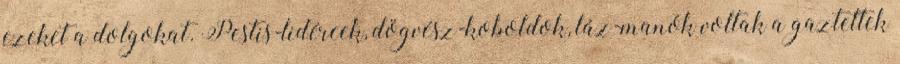
ezeket a dolgokat. Pestis-lidércek, dögvész-koboldok, láz-manók voltak a gaztettek